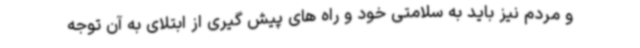
و مردم نیز باید به سلامتی خود و راه های پیش گیری از ابتلای به آن توجه